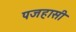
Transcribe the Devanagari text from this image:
पजहासी